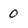
Character: 0